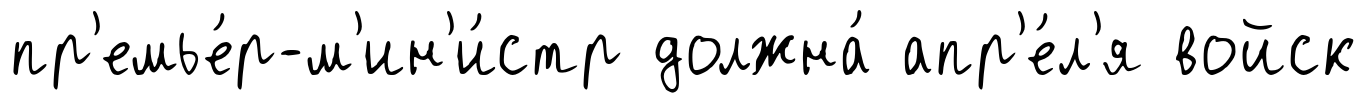
пр'емье́р-м'ин'и́стр должна́ апр'е́л'я войск